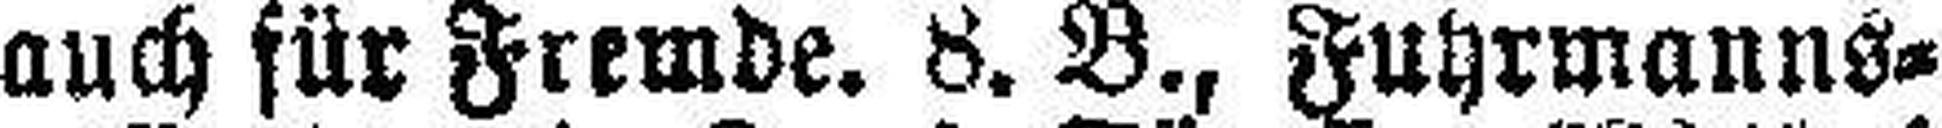
auch für Fremde. 8. B., Fuhrmanns¬